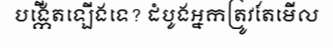
បង្កើតឡើងទេ? ដំបូងអ្នកត្រូវតែមើល